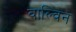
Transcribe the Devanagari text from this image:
वाल्विन